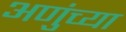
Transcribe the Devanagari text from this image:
अणुंच्या